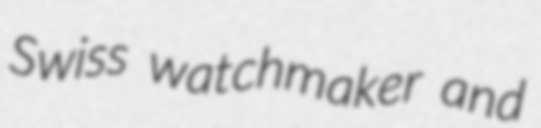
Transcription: Swiss watchmaker and